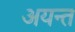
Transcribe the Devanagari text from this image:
अयन्त